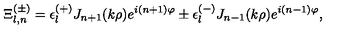
\Xi _ { l , n } ^ { ( \pm ) } = \epsilon _ { l } ^ { ( + ) } J _ { n + 1 } ( k \rho ) e ^ { i ( n + 1 ) \varphi } \pm \epsilon _ { l } ^ { ( - ) } J _ { n - 1 } ( k \rho ) e ^ { i ( n - 1 ) \varphi } ,